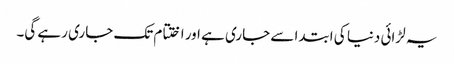
یہ لڑائی دنیا کی ابتدا سے جاری ہے اور اختتام تک جاری رہے گی۔